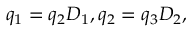
q _ { 1 } = q _ { 2 } D _ { 1 } , q _ { 2 } = q _ { 3 } D _ { 2 } ,